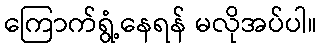
ကြောက်ရွံ့နေရန် မလိုအပ်ပါ။